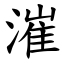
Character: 漼